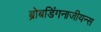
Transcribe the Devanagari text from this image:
ब्रोबडिंगनाजीयन्स